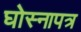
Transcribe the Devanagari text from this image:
घोस्नापत्र